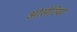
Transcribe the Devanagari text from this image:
ओसेरियो